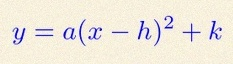
y=a(x-h)^2+k